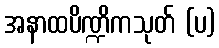
အနာထပိဏ္ဍိကသုတ် (ပ)